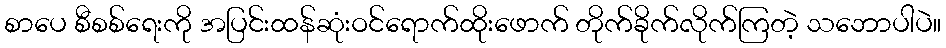
စာပေ စီစစ်ရေးကို အပြင်းထန်ဆုံးဝင်ရောက်ထိုးဖောက် တိုက်ခိုက်လိုက်ကြတဲ့ သဘောပါပဲ။